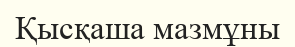
Қысқаша мазмұны